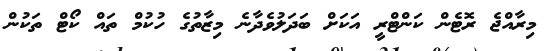
މިރާއްޖެ ރޮޓެން ކަންޓްރީ އަކަށް ބަދަލުވެދާނެ މިޒާތުގެ ހުކުމް ތައް ކޯޓް ތަކުން